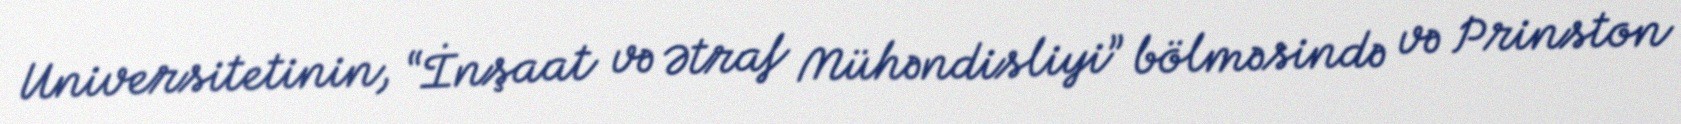
Universitetinin, “İnşaat və Ətraf Mühəndisliyi” bölməsində və Prinston